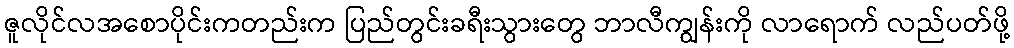
ဇူလိုင်လအစောပိုင်းကတည်းက ပြည်တွင်းခရီးသွားတွေ ဘာလီကျွန်းကို လာရောက် လည်ပတ်ဖို့